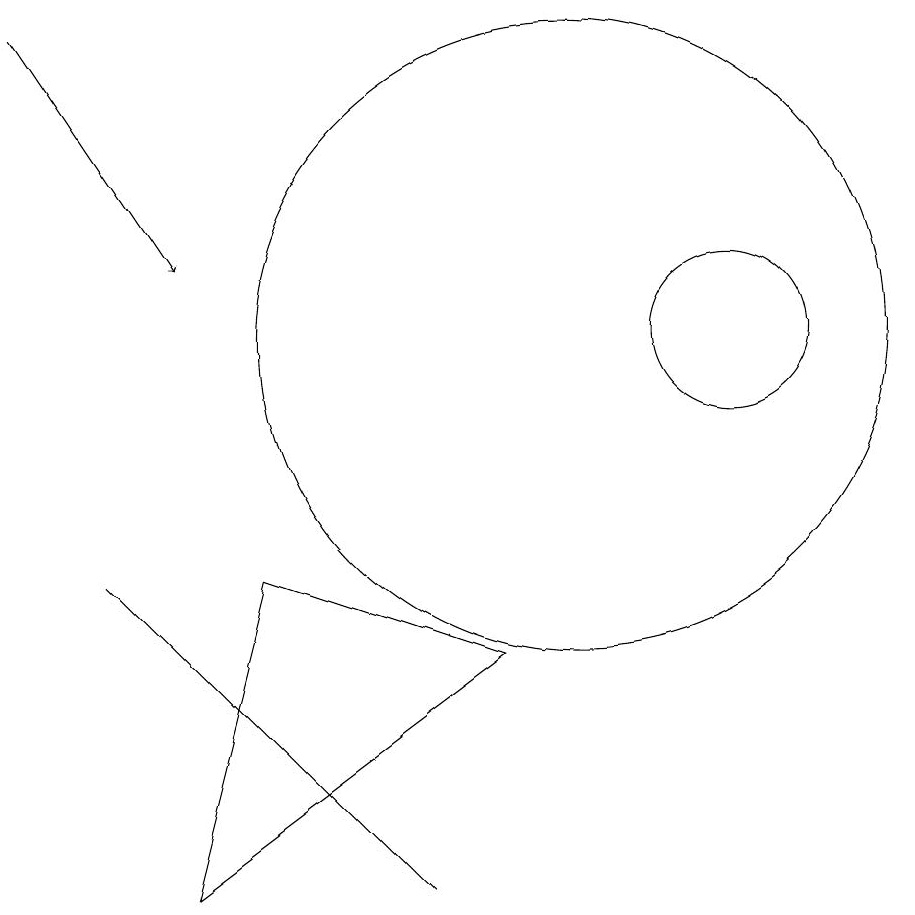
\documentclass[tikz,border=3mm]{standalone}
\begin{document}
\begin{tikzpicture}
\draw (5,3) -- (6,7) -- (9,6) -- cycle;
\draw[->] (3,14) -- (5,11);
\draw (8,3) -- (4,7) -- (6,5) -- cycle;
\draw (12,10) circle (1);
\draw (10,10) circle (4);
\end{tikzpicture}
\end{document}